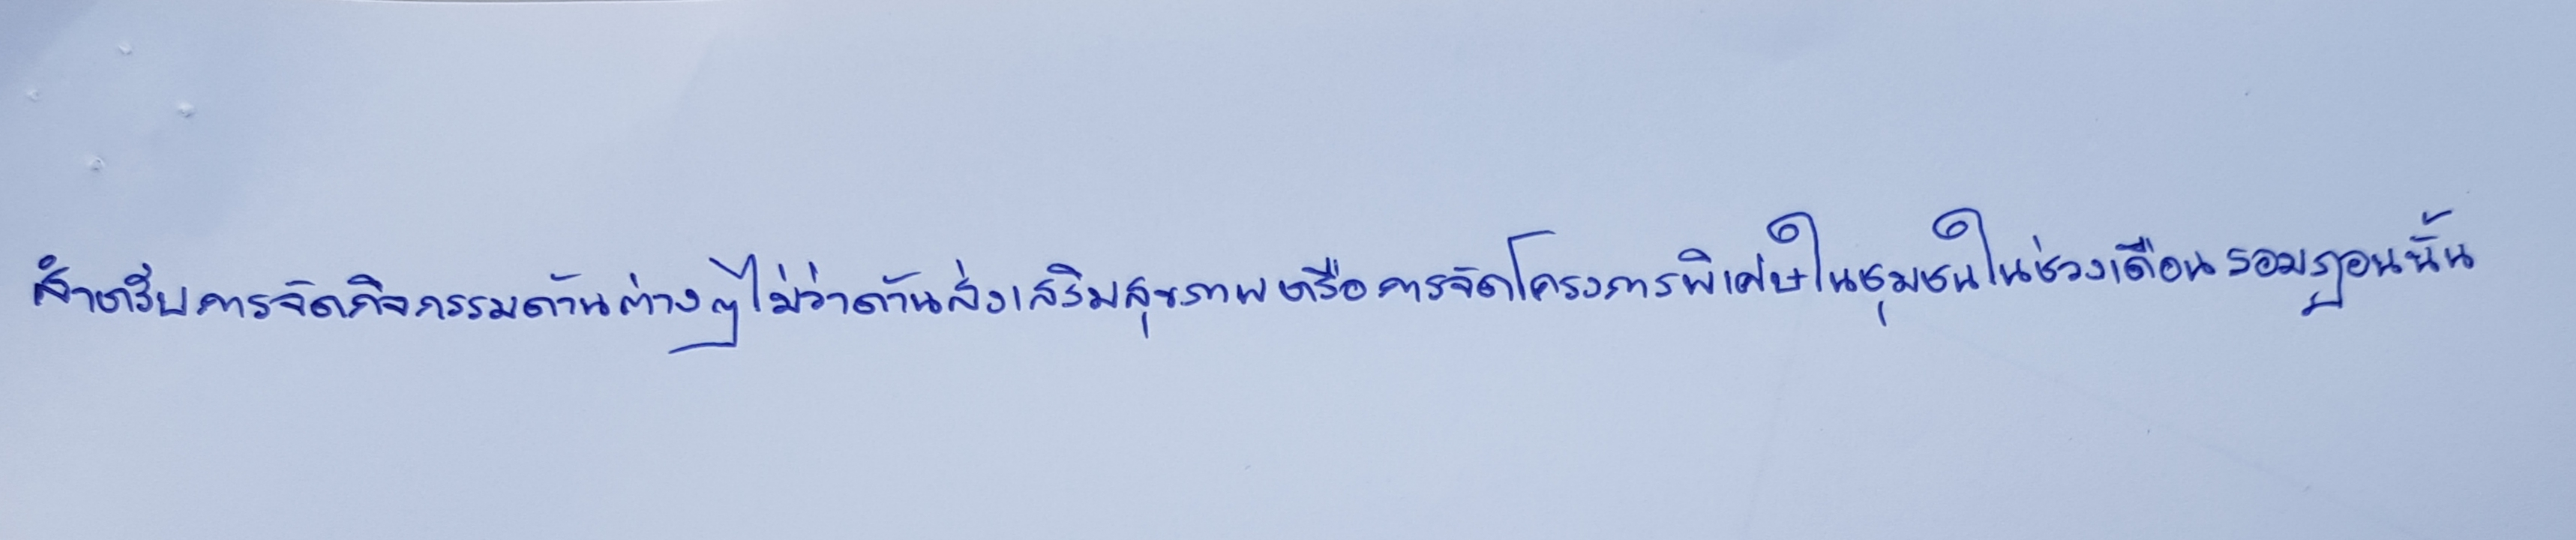
สำหรับการจัดกิจกรรมด้านต่างๆไม่ว่าด้านส่งเสริมสุขภาพหรือการจัดโครงการพิเศษในชุมชนในช่วงเดือนรอมฎอนนั้น